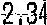
2.34